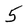
Character: 5